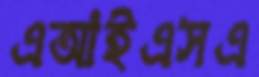
এআইএসএ